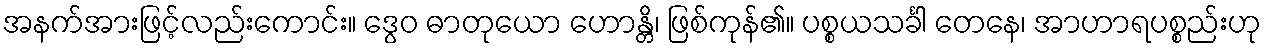
အနက်အားဖြင့်လည်းကောင်း။ ဒွေဝ ဓာတုယော ဟောန္တိ၊ ဖြစ်ကုန်၏။ ပစ္စယသင်္ခါ တေနေ၊ အာဟာရပစ္စည်းဟု